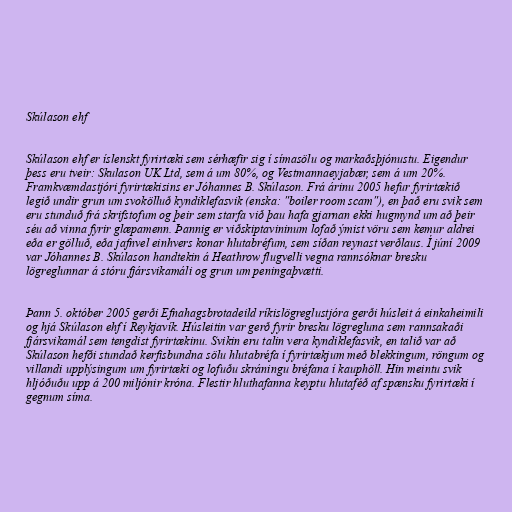
Skúlason ehf

Skúlason ehf er íslenskt fyrirtæki sem sérhæfir sig í símasölu og markaðsþjónustu. Eigendur
þess eru tveir: Skulason UK Ltd, sem á um 80%, og Vestmannaeyjabær, sem á um 20%.
Framkvæmdastjóri fyrirtækisins er Jóhannes B. Skúlason. Frá árinu 2005 hefur fyrirtækið
legið undir grun um svokölluð kyndiklefasvik (enska: "boiler room scam"), en það eru svik sem
eru stunduð frá skrifstofum og þeir sem starfa við þau hafa gjarnan ekki hugmynd um að þeir
séu að vinna fyrir glæpamenn. Þannig er viðskiptavininum lofað ýmist vöru sem kemur aldrei
eða er gölluð, eða jafnvel einhvers konar hlutabréfum, sem síðan reynast verðlaus. Í júní 2009
var Jóhannes B. Skúlason handtekin á Heathrow flugvelli vegna rannsóknar bresku
lögreglunnar á stóru fjársvikamáli og grun um peningaþvætti.

Þann 5. október 2005 gerði Efnahagsbrotadeild ríkislögreglustjóra gerði húsleit á einkaheimili
og hjá Skúlason ehf í Reykjavík. Húsleitin var gerð fyrir bresku lögregluna sem rannsakaði
fjársvikamál sem tengdist fyrirtækinu. Svikin eru talin vera kyndiklefasvik, en talið var að
Skúlason hefði stundað kerfisbundna sölu hlutabréfa í fyrirtækjum með blekkingum, röngum og
villandi upplýsingum um fyrirtæki og lofuðu skráningu bréfana í kauphöll. Hin meintu svik
hljóðuðu upp á 200 miljónir króna. Flestir hluthafanna keyptu hlutaféð af spænsku fyrirtæki í
gegnum síma.